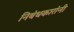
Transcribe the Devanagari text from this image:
निबंधकारांनी